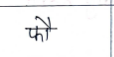
मजकूर: फौ